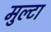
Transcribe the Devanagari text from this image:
मुल्टा